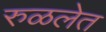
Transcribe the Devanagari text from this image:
रुळलेत